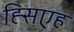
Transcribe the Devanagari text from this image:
ह्सिएह